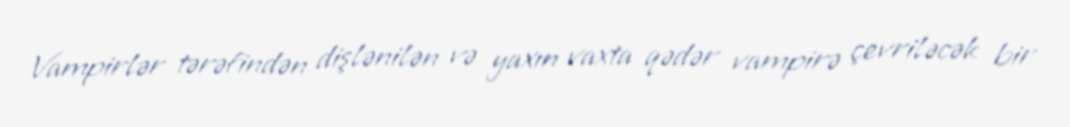
Vampirlər tərəfindən dişlənilən və yaxın vaxta qədər vampirə çevriləcək bir